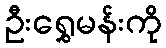
ဦးရွှေမန်းကို